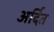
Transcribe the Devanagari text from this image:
अर्दित